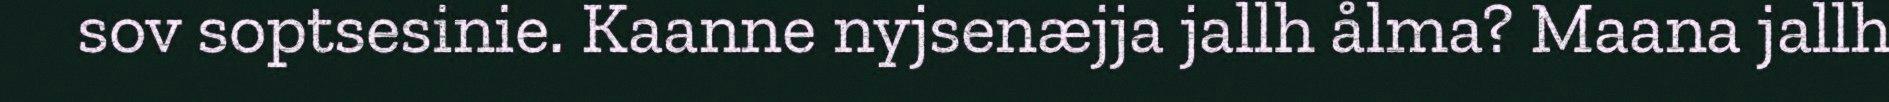
sov soptsesinie. Kaanne nyjsenæjja jallh ålma? Maana jallh